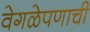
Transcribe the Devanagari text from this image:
वेगळेपणाची